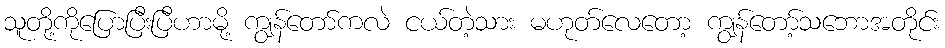
သူတို့ကိုပြောပြီးပြီဟာမို့ ကျွန်တော်ကလဲ ငယ်တဲ့သား မဟုတ်လေတော့ ကျွန်တော့်သဘောအတိုင်း